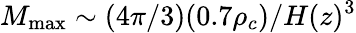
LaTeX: M_{\mathrm{max}}\sim(4\pi/3)(0.7\rho_{c})/H(z)^{3}